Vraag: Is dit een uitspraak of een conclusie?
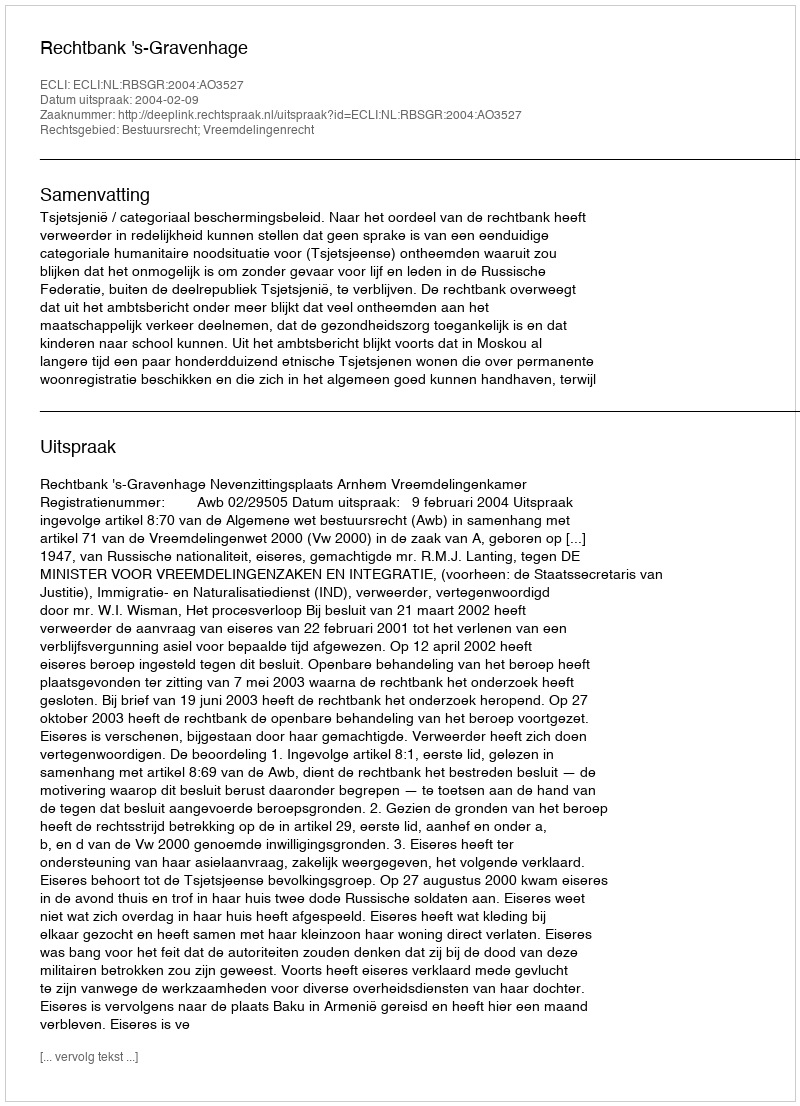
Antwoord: Uitspraak